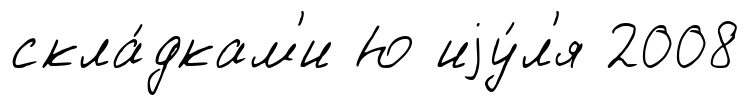
скла́дкам'и Ю иjу́л'я 2008